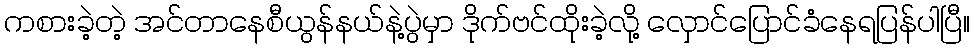
ကစားခဲ့တဲ့ အင်တာနေစီယွန်နယ်နဲ့ပွဲမှာ ဒိုက်ဗင်ထိုးခဲ့လို့ လှောင်ပြောင်ခံနေရပြန်ပါပြီ။